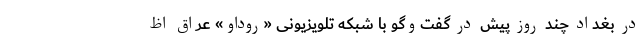
در بغداد چند روز پیش در گفت‌وگو با شبکه تلویزیونی «روداو» عراق اظ